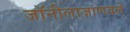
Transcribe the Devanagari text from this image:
जॉनीलाजाणवले